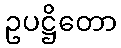
ဥပဋ္ဌိတော